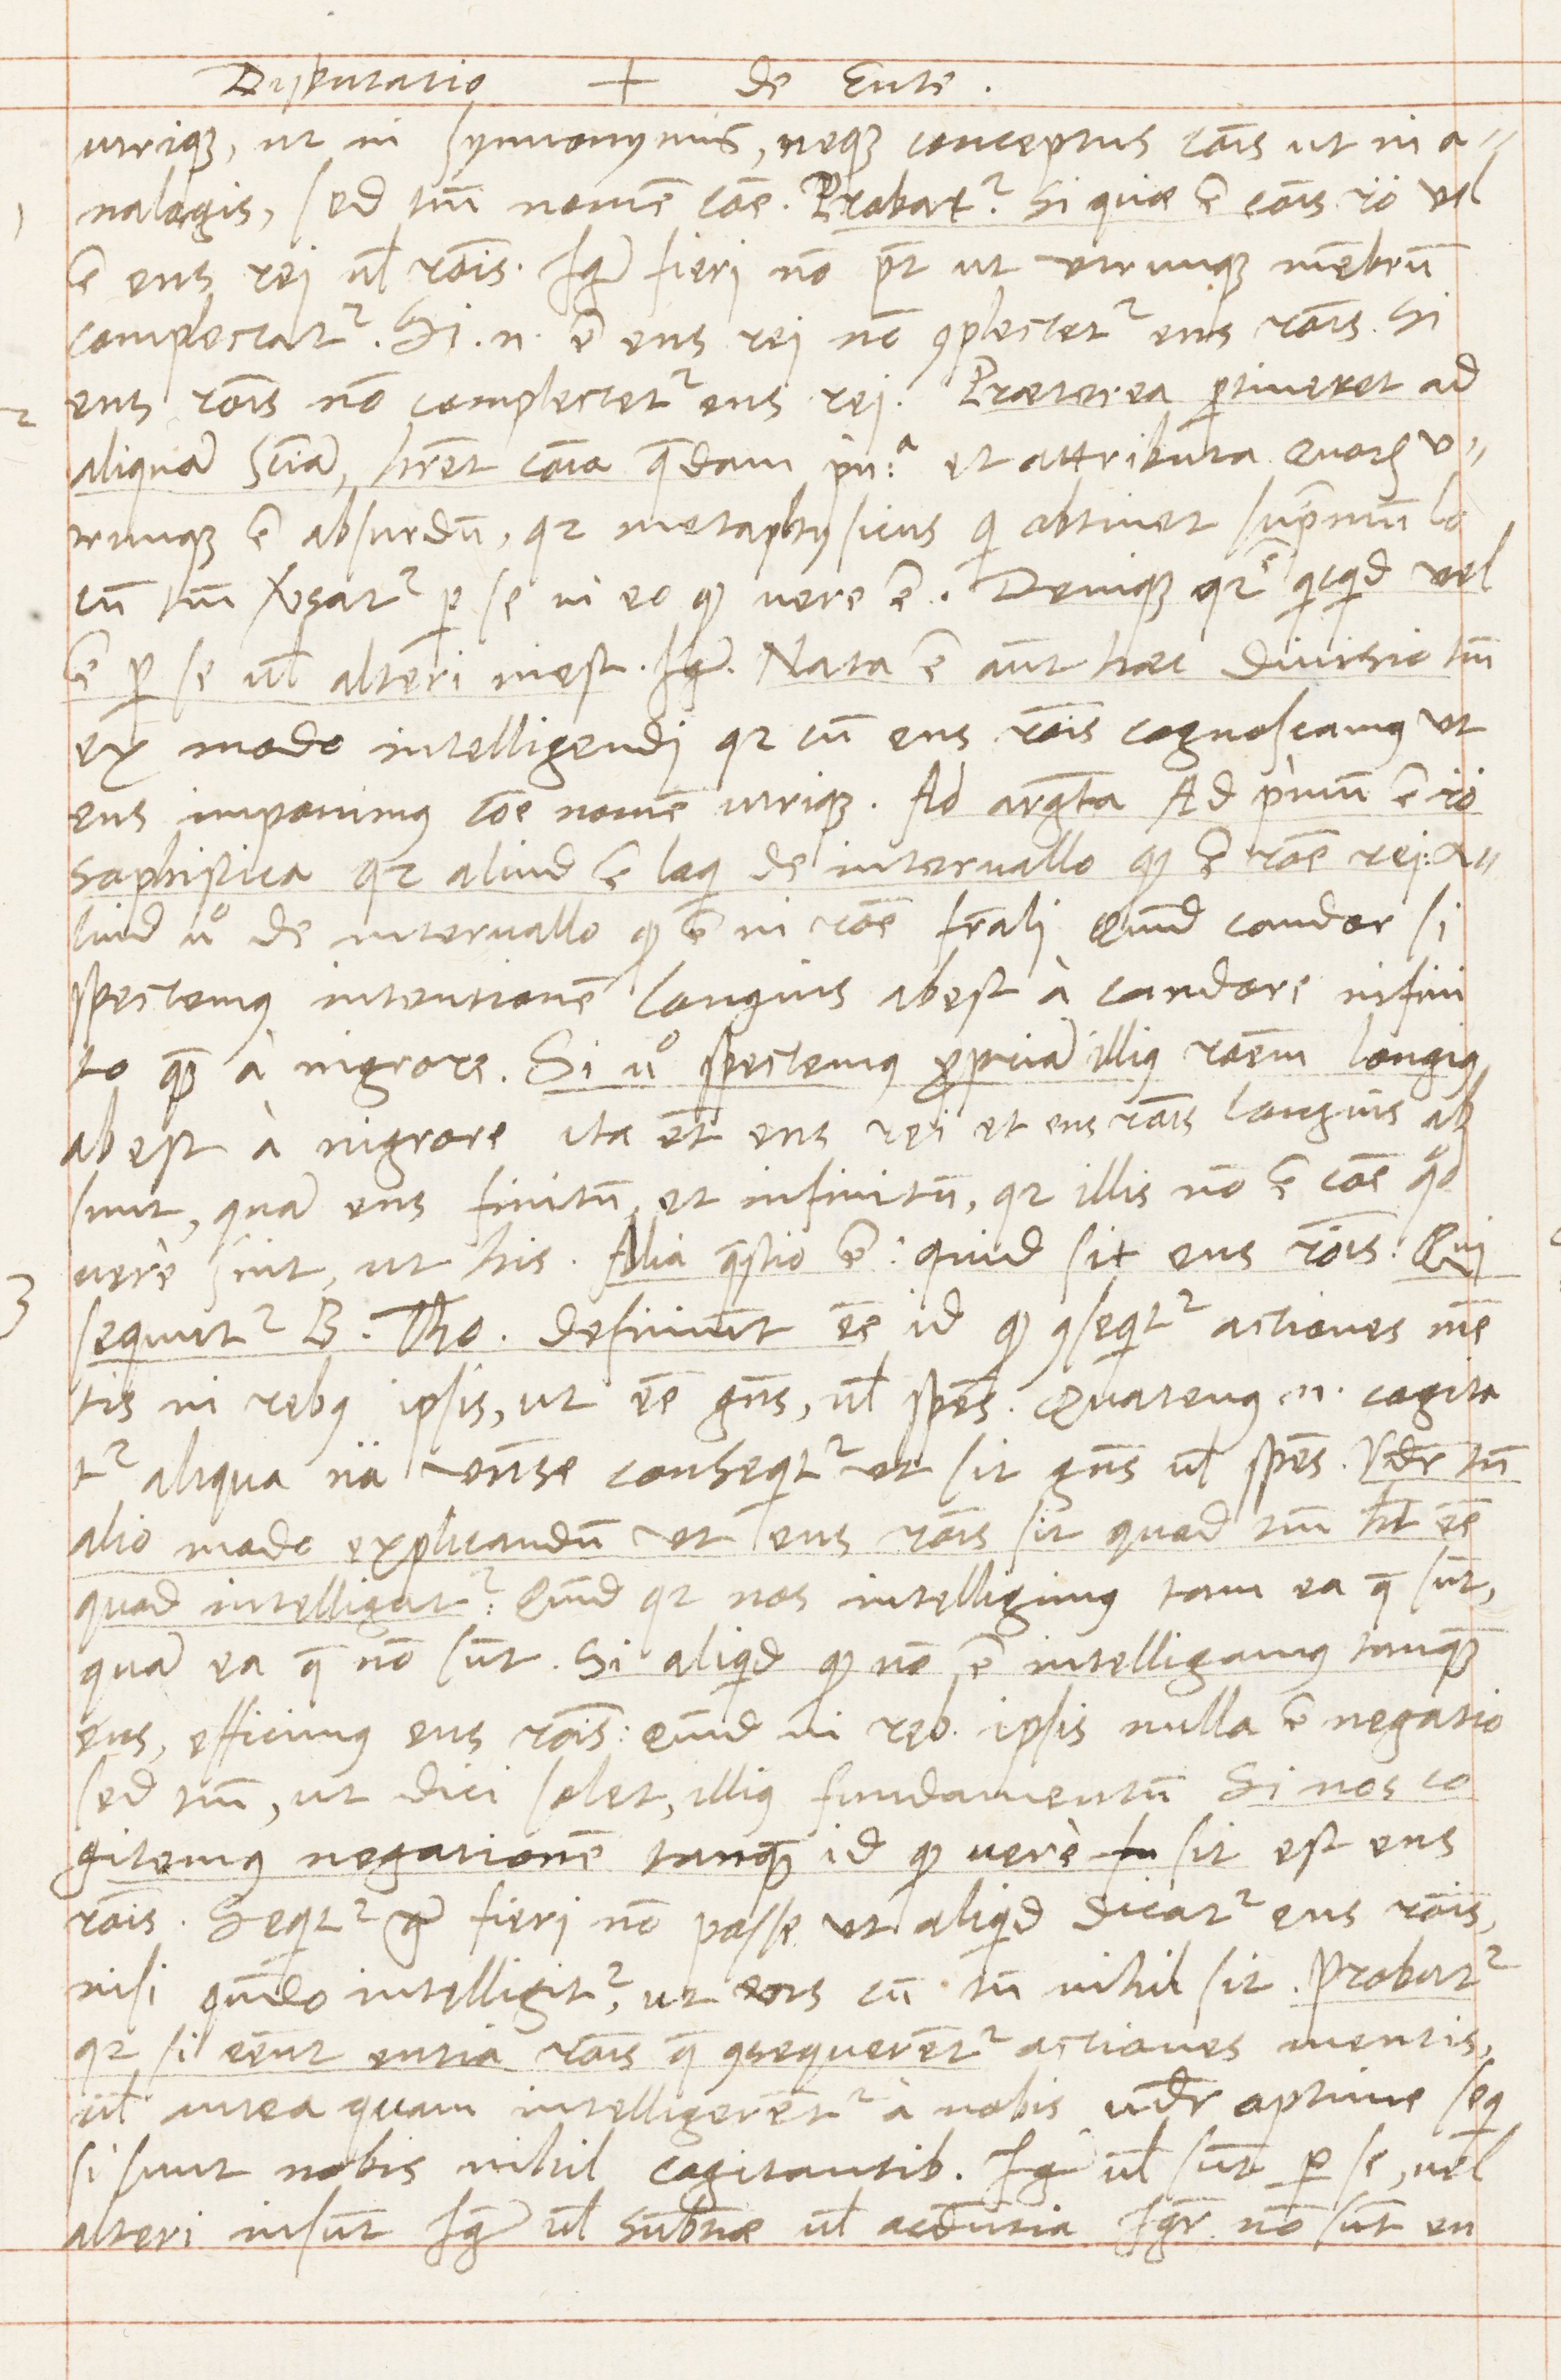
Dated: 1569–1569